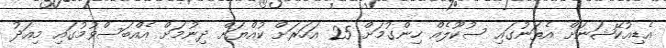
އެޑިއުކޭޝަނަށް އެތަނުގައި ސުކޫލެއް ހިންގުމަށް 25 އަހަރަށް ކުއްޔަށް ދިނުމަށް އެއްބަސްވުމުގައި މިއަދު